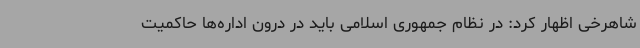
شاهرخی اظهار کرد: در نظام جمهوری اسلامی باید در درون اداره‌ها حاکمیت